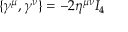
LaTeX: \{ \gamma ^ { \mu } , \gamma ^ { \nu } \} = - 2 \eta ^ { \mu \nu } I _ { 4 }